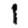
Digit: 1